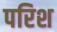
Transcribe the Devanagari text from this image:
परिश